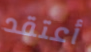
أعتقد